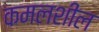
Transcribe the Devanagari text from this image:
कमलशील